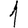
Digit: 1